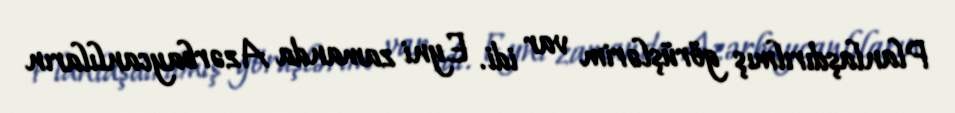
Planlaşdırılmış görüşlərim var idi. Eyni zamanda Azərbaycanlıların